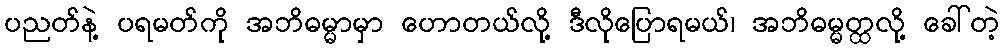
ပညတ်နဲ့ ပရမတ်ကို အဘိဓမ္မာမှာ ဟောတယ်လို့ ဒီလိုပြောရမယ်၊ အဘိဓမ္မတ္ထလို့ ခေါ်တဲ့